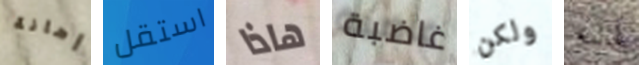
إهانة استقل هاذا غاضبة ولكن أنه